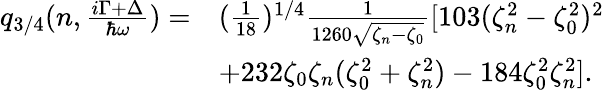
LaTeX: \begin{array}{rl}{q_{3/4}(n,\frac{i\Gamma+\Delta}{\hbar\omega})=}&{(\frac{1}{18})^{1/4}\frac{1}{1260\sqrt{\zeta_{n}-\zeta_{0}}}[103(\zeta_{n}^{2}-\zeta_{0}^{2})^{2}}\\ &{+232\zeta_{0}\zeta_{n}(\zeta_{0}^{2}+\zeta_{n}^{2})-184\zeta_{0}^{2}\zeta_{n}^{2}].}\end{array}